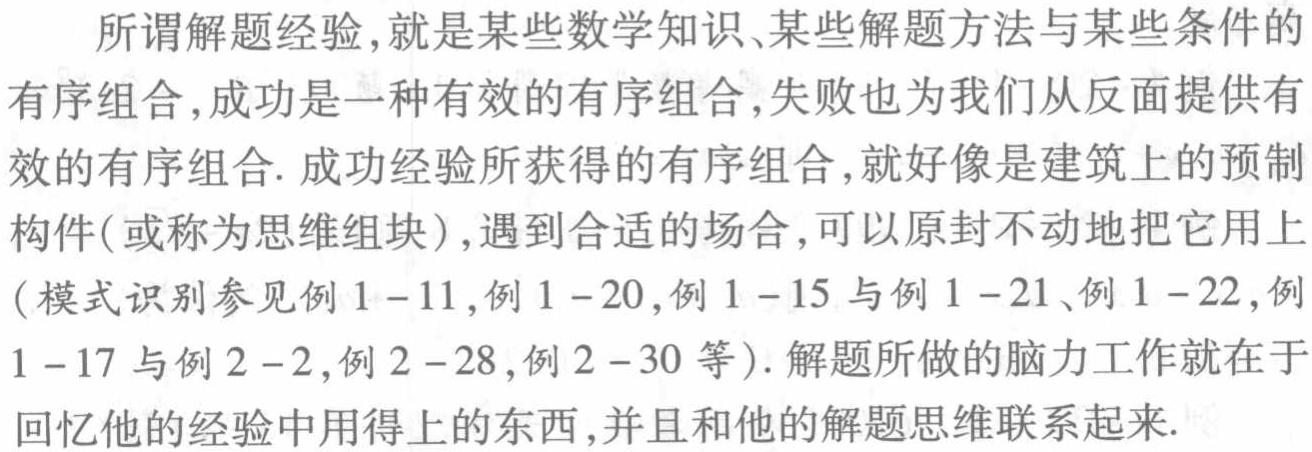
所谓解题经验，就是某些数学知识、某些解题方法与某些条件的

有序组合，成功是一种有效的有序组合，失败也为我们从反面提供有

效的有序组合. 成功经验所获得的有序组合，就好像是建筑上的预制

构件(或称为思维组块)，遇到合适的场合，可以原封不动地把它用上

(模式识别参见例 \(1 - 11\)，例 \(1 - 20\)，例 \(1 - 15\) 与例 \(1 - 21\)、例 \(1 - 22\)，例

\(1 - 17\) 与例 \(2 - 2\)，例 \(2 - 28\)，例 \(2 - 30\) 等). 解题所做的脑力工作就在于

回忆他的经验中用得上的东西，并且和他的解题思维联系起来.